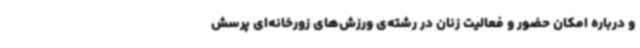
و درباره امکان حضور و فعالیت زنان در رشته‌ی ورزش‌های زورخانه‌ای پرسش